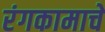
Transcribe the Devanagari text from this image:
रंगकामाचे